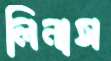
লিনাস